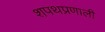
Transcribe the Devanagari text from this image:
शपथप्रणाली